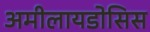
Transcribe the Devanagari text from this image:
अमीलायडोसिस